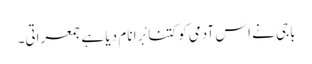
باجی نے اس آدمی کو کتنا بْرا نا م دیا ہے جمعراتی۔